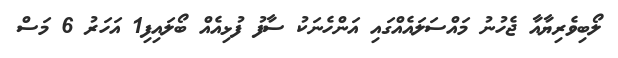
ލޯބިވެރިޔާއާ ޖެހުނު މައްސަލައެއްގައި އަންހެނަކު ސާފު ފުޅިއެއް ބޯލައިފި1 އަހަރު 6 މަސް